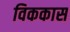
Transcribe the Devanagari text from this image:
विककास